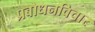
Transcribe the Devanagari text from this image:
प्रबोधनविचार